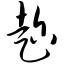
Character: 趁